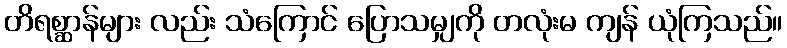
တိရစ္ဆာန်များ လည်း သံကြောင် ပြောသမျှကို တလုံးမ ကျန် ယုံကြသည်။